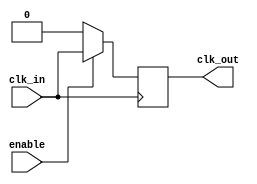
module clock_gating_buffer (
    input wire clk_in,     // Primary clock signal
    input wire enable,     // Control signal for clock gating
    output reg clk_out     // Gated clock output
);

// Internal signal for gated clock
reg gated_clk;

// Always block to generate gated clock based on enable signal
always @* begin
    if (enable) begin
        gated_clk = clk_in; // Pass through the clock when enabled
    end else begin
        gated_clk = 1'b0;   // Suppress the clock when disabled
    end
end

// Flip-flop to synchronize the gated clock output
always @(posedge clk_in) begin
    clk_out <= gated_clk; // Update output on the rising edge of clk_in
end

endmodule